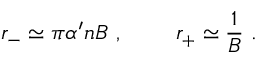
r _ { - } \simeq \pi \alpha ^ { \prime } n B \ , \ \ \ \ \ \ \ r _ { + } \simeq \frac { 1 } { B } \ .